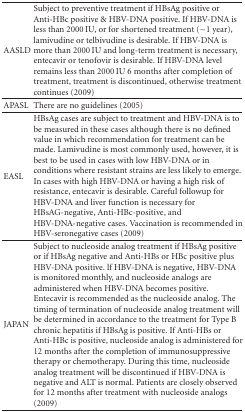
<table><thead><tr><td><b>AASLD</b></td><td><b>Subject to preventive treatment if HBsAg positive or Anti-HBc positive &amp; HBV-DNA positive. If HBV-DNA is less than 2000 IU, or for shortened treatment (~1 year), lamivudine or telbivudine is desirable. If HBV-DNA is more than 2000 IU and long-term treatment is necessary, entecavir or tenofovir is desirable. If HBV-DNA level remains less than 2000 IU 6 months after completion of treatment, treatment is discontinued, otherwise treatment continues (2009)</b></td></tr></thead><tbody><tr><td>APASL</td><td>There are no guidelines (2005) </td></tr><tr><td>EASL</td><td>HBsAg cases are subject to treatment and HBV-DNA is to be measured in these cases although there is no defined value in which recommendation for treatment can be made. Lamivudine is most commonly used, however, it is best to be used in cases with low HBV-DNA or in conditions where resistant strains are less likely to emerge. In cases with high HBV-DNA or having a high risk of resistance, entecavir is desirable. Careful followup for HBV-DNA and liver function is necessary for HBsAG-negative, Anti-HBc-positive, and HBV-DNA-negative cases. Vaccination is recommended in HBV-seronegative cases (2009) </td></tr><tr><td>JAPAN</td><td>Subject to nucleoside analog treatment if HBsAg positive or if HBsAg negative and Anti-HBs or HBc positive plus HBV-DNA positive. lf HBV-DNA is negative, HBV-DNA is monitored monthly, and nucleoside analogs are administered when HBV-DNA becomes positive. Entecavir is recommended as the nucleoside analog. The timing of termination of nucleoside analog treatment will be determined in accordance to the treatment for Type B chronic hepatitis if HBsAg is positive. If Anti-HBs or Anti-HBc is positive, nucleoside analog is administered for 12 months after the completion of immunosuppressive therapy or chemotherapy. During this time, nucleoside analog treatment will be discontinued if HBV-DNA is negative and ALT is normal. Patients are closely observed for 12 months after treatment with nucleoside analogs (2009)</td></tr></tbody></table>